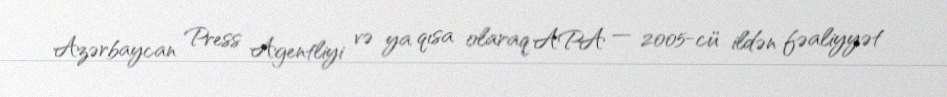
Azərbaycan Press Agentliyi və ya qısa olaraq APA — 2005-cü ildən fəaliyyət